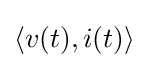
\langle v(t),i(t)\rangle